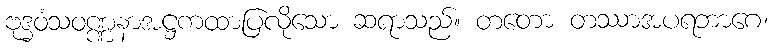
ဗုဒ္ဓဝံသဝဏ္ဏနာအဋ္ဌကထာပြလိုသော ဆရာသည်။ တတော တဿာအပရဘာဂေ၊